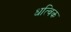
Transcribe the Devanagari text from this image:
धत्विक